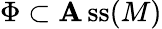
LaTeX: \Phi\subset\operatorname{\mathbf{A}ss}(M)